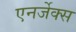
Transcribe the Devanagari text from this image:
एनर्जेक्स